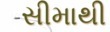
સીમાથી